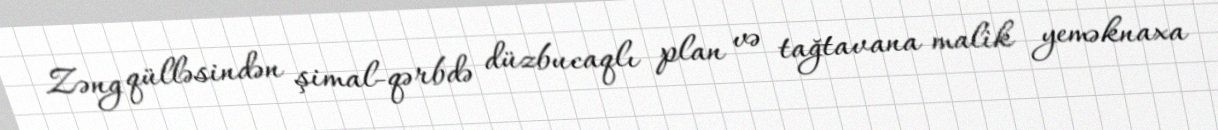
Zəng qülləsindən şimal-qərbdə düzbucaqlı plan və tağtavana malik yeməknaxa